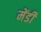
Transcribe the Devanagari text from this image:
मेंडी